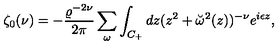
\zeta _ { 0 } ( \nu ) = - { \frac { \varrho ^ { - 2 \nu } } { 2 \pi } } \sum _ { \omega } \int _ { C _ { + } } d z ( z ^ { 2 } + \breve { \omega } ^ { 2 } ( z ) ) ^ { - \nu } e ^ { i \epsilon z } ,